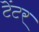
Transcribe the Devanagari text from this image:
टेंटर